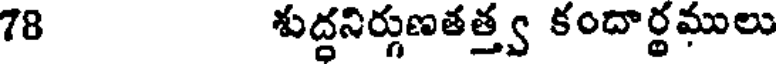
78 శుద్దనిర్గుణతత్త్వ కందార్థములు